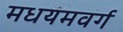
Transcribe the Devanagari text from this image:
मधयमवर्ग